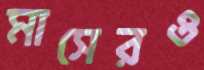
মাসেরও